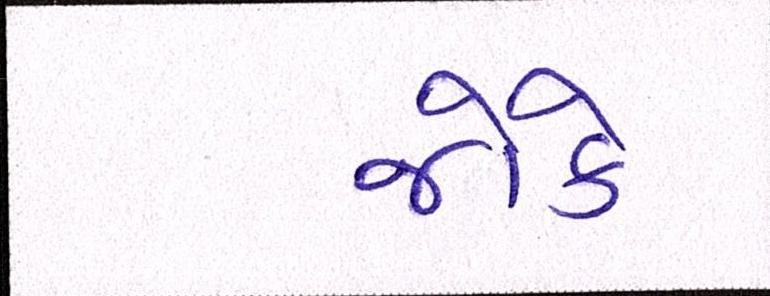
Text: જોકે